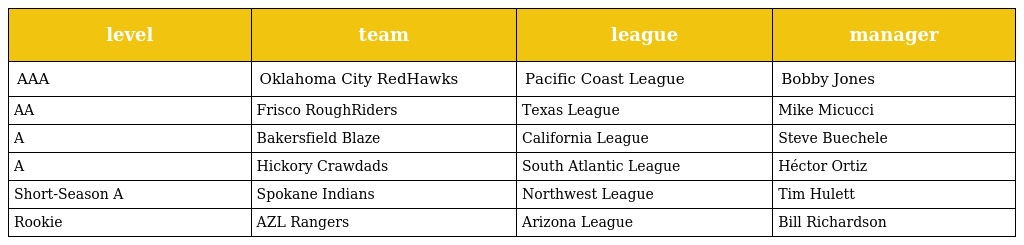
| level | team | league | manager |
 | --- | --- | --- | --- |
 | AAA | Oklahoma City RedHawks | Pacific Coast League | Bobby Jones |
 | AA | Frisco RoughRiders | Texas League | Mike Micucci |
 | A | Bakersfield Blaze | California League | Steve Buechele |
 | A | Hickory Crawdads | South Atlantic League | Héctor Ortiz |
 | Short-Season A | Spokane Indians | Northwest League | Tim Hulett |
 | Rookie | AZL Rangers | Arizona League | Bill Richardson |